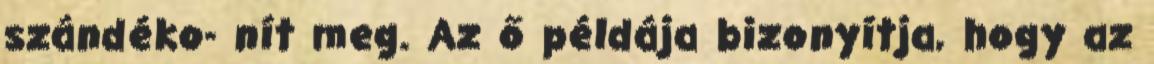
szándéko- nít meg. Az ő példája bizonyítja, hogy az